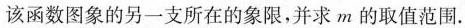
该函数图象的另一支所在的象限，并求m的取值范围。